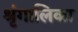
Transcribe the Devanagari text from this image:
श्रृंगालिका